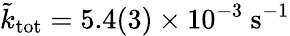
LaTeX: \tilde{k}_{\mathrm{tot}}=5.4(3)\times 10^{-3}~\mathrm{s^{-1}}